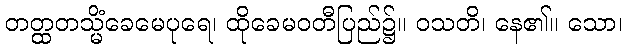
တတ္ထတသ္မိံခေမေပုရေ၊ ထိုခေမဝတီပြည်၌။ ဝသတိ၊ နေ၏။ သော၊